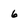
Character: 6